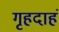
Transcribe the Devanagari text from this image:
गृहदाहं